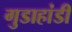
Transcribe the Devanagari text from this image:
गुडाहांडी